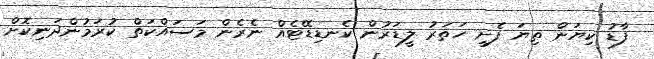
ފާޑު ކިޔަން ތިޔަ ފެށީ ހަތަރު ލީޑަރުން ކެނޑިޑޭޓެއް ނެރެން މަސައްކަތް ކުރަމުންދަނިކޮށް